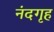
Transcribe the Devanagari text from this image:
नंदगृह